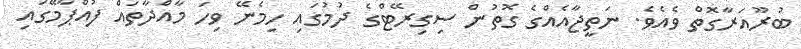
ބުރޫއަރާގޮތް ވެއެވެ. ނަތީޖާއެއްގެ ގޮތުން ސިގިރޭޓްގެ ދުމުގައި ހިމެނޭ ވިހަ މާއްދާތައް ފުއްޕާމޭގައި